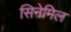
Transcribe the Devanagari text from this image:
सिनेमिल